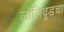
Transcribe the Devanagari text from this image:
लॉलिवूडचा